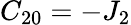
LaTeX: C_{20}=-J_{2}